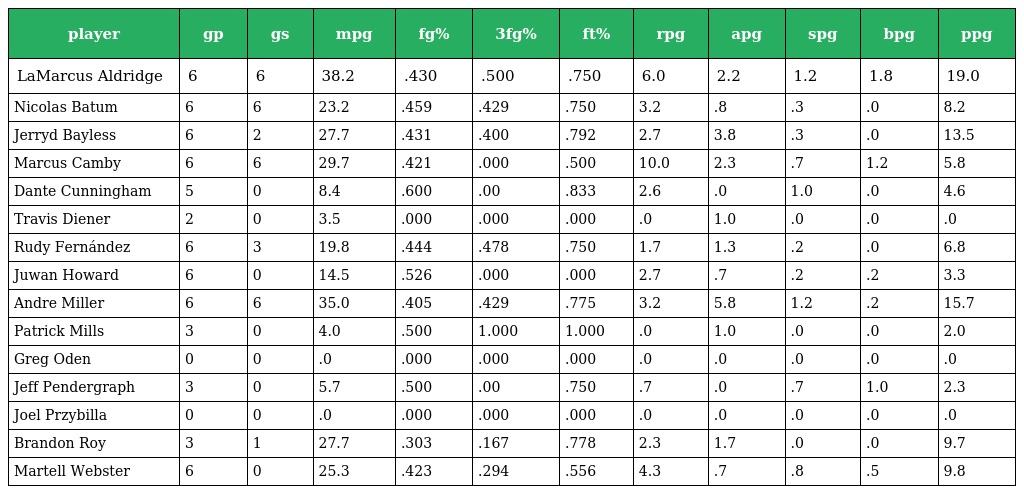
| player | gp | gs | mpg | fg% | 3fg% | ft% | rpg | apg | spg | bpg | ppg |
 | --- | --- | --- | --- | --- | --- | --- | --- | --- | --- | --- | --- |
 | LaMarcus Aldridge | 6 | 6 | 38.2 | .430 | .500 | .750 | 6.0 | 2.2 | 1.2 | 1.8 | 19.0 |
 | Nicolas Batum | 6 | 6 | 23.2 | .459 | .429 | .750 | 3.2 | .8 | .3 | .0 | 8.2 |
 | Jerryd Bayless | 6 | 2 | 27.7 | .431 | .400 | .792 | 2.7 | 3.8 | .3 | .0 | 13.5 |
 | Marcus Camby | 6 | 6 | 29.7 | .421 | .000 | .500 | 10.0 | 2.3 | .7 | 1.2 | 5.8 |
 | Dante Cunningham | 5 | 0 | 8.4 | .600 | .00 | .833 | 2.6 | .0 | 1.0 | .0 | 4.6 |
 | Travis Diener | 2 | 0 | 3.5 | .000 | .000 | .000 | .0 | 1.0 | .0 | .0 | .0 |
 | Rudy Fernández | 6 | 3 | 19.8 | .444 | .478 | .750 | 1.7 | 1.3 | .2 | .0 | 6.8 |
 | Juwan Howard | 6 | 0 | 14.5 | .526 | .000 | .000 | 2.7 | .7 | .2 | .2 | 3.3 |
 | Andre Miller | 6 | 6 | 35.0 | .405 | .429 | .775 | 3.2 | 5.8 | 1.2 | .2 | 15.7 |
 | Patrick Mills | 3 | 0 | 4.0 | .500 | 1.000 | 1.000 | .0 | 1.0 | .0 | .0 | 2.0 |
 | Greg Oden | 0 | 0 | .0 | .000 | .000 | .000 | .0 | .0 | .0 | .0 | .0 |
 | Jeff Pendergraph | 3 | 0 | 5.7 | .500 | .00 | .750 | .7 | .0 | .7 | 1.0 | 2.3 |
 | Joel Przybilla | 0 | 0 | .0 | .000 | .000 | .000 | .0 | .0 | .0 | .0 | .0 |
 | Brandon Roy | 3 | 1 | 27.7 | .303 | .167 | .778 | 2.3 | 1.7 | .0 | .0 | 9.7 |
 | Martell Webster | 6 | 0 | 25.3 | .423 | .294 | .556 | 4.3 | .7 | .8 | .5 | 9.8 |